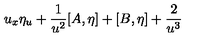
u _ { x } \eta _ { u } + \frac { 1 } { u ^ { 2 } } [ A , \eta ] + [ B , \eta ] + \frac { 2 } { u ^ { 3 } }